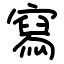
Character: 寫